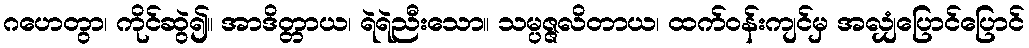
ဂဟေတွာ၊ ကိုင်ဆွဲ၍။ အာဒိတ္တာယ၊ ရဲရဲညီးသော။ သမ္ပဇ္ဇလိတာယ၊ ထက်ဝန်းကျင်မှ အလျှံပြောင်ပြောင်